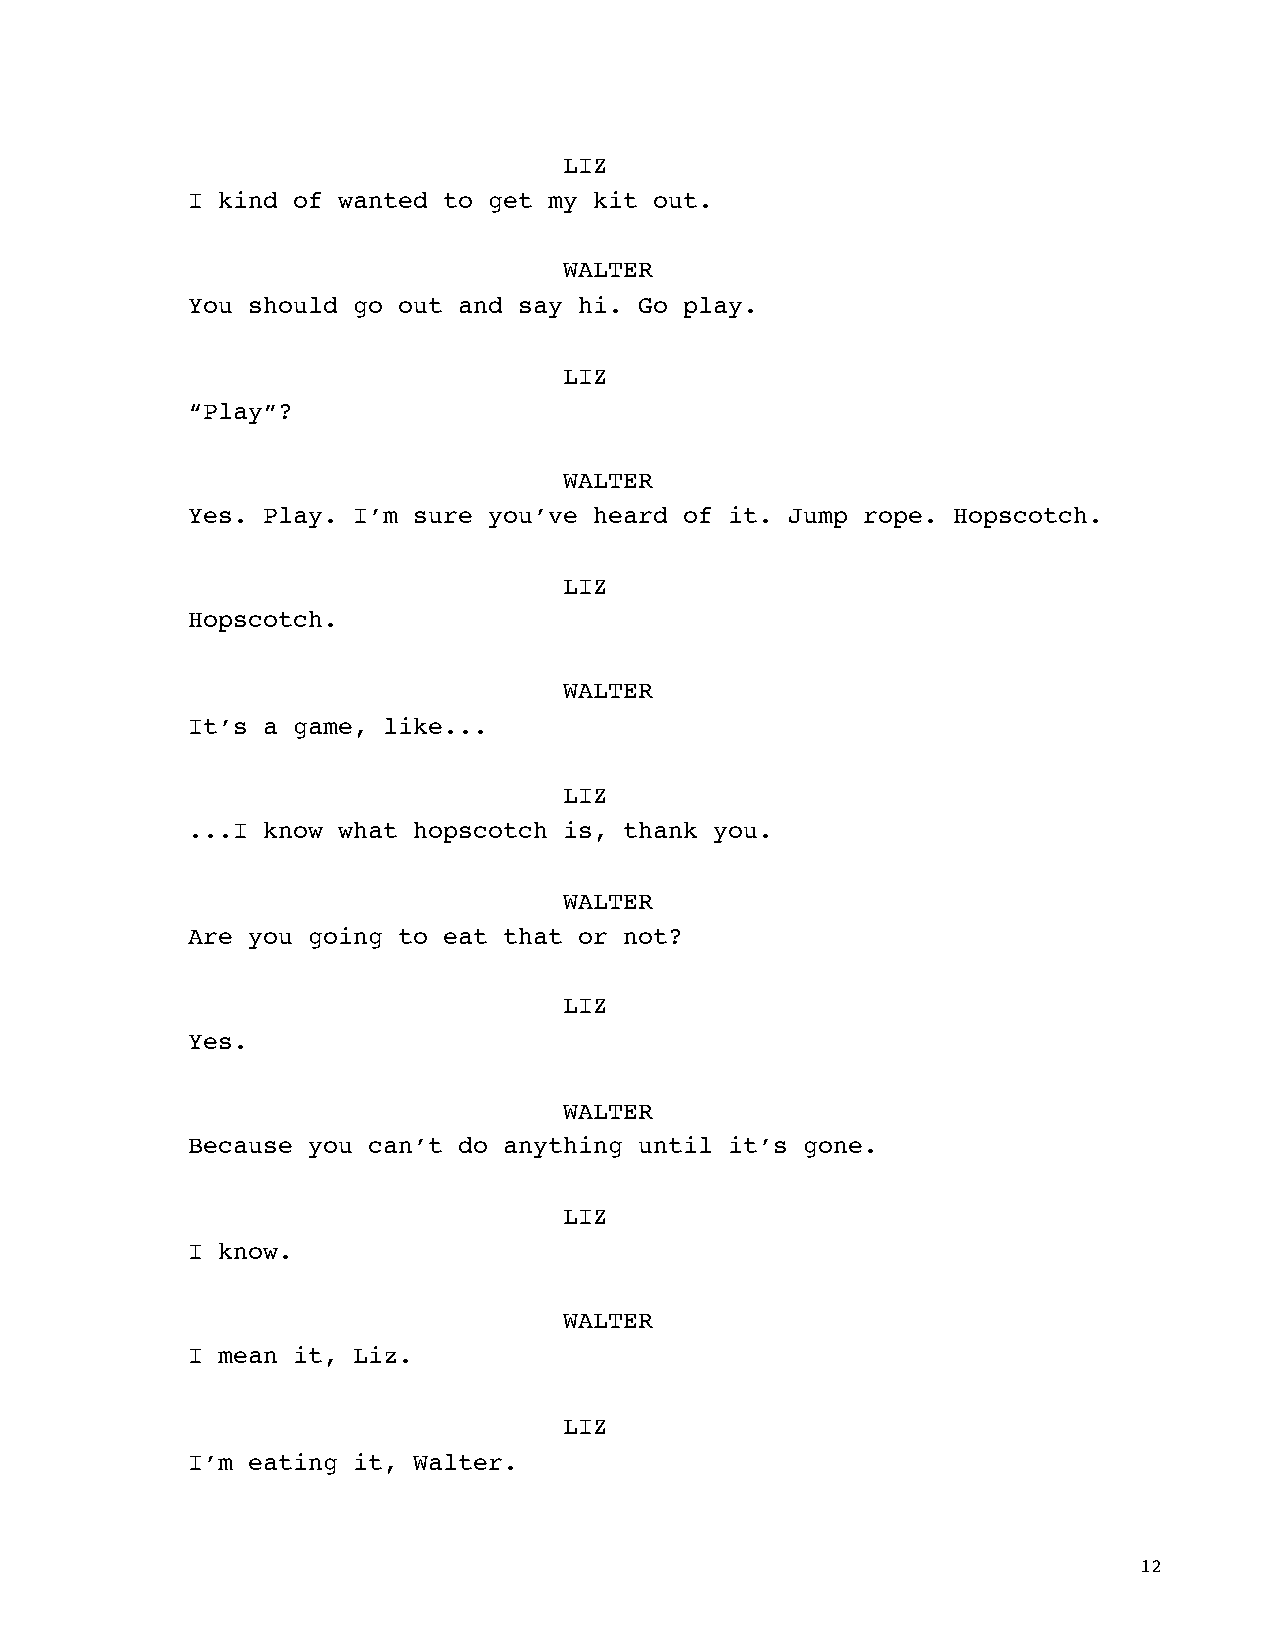
LIZ
 I kind of wanted to get my kit out.
 WALTER
 You should go out and say hi. Go play.
 LIZ
 “Play”?
 WALTER
 Yes. Play. I’m sure you’ve heard of it. Jump rope. Hopscotch.
 LIZ
 Hopscotch.
 WALTER
 It’s a game, like...
 LIZ
 ...I know what hopscotch is, thank you.
 WALTER
 Are you going to eat that or not?
 LIZ
 Yes.
 WALTER
 Because you can’t do anything until it’s gone.
 LIZ
 I know.
 WALTER
 I mean it, Liz.
 LIZ
 I’m eating it, Walter.
 12